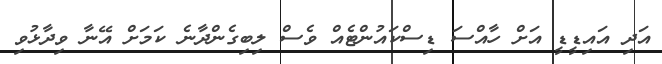
އަދި އައިޑީޑީ އަށް ހާއްސަ ޑިސްކައުންޓެއް ވެސް ލިބިގެންދާނެ ކަމަށް އޭނާ ވިދާޅުވި